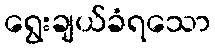
ရွေးချယ်ခံရသော